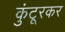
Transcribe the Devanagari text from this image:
कुंटूरकर